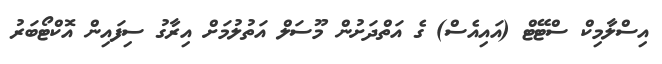
އިސްލާމިކް ސްޓޭޓް (އައިއެސް) ގެ އަތްދަށުން މޫސަލް އަތުލުމަށް އިރާގު ސިފައިން އޮކްޓޯބަރު